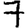
Digit: 7